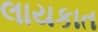
લાયકાત